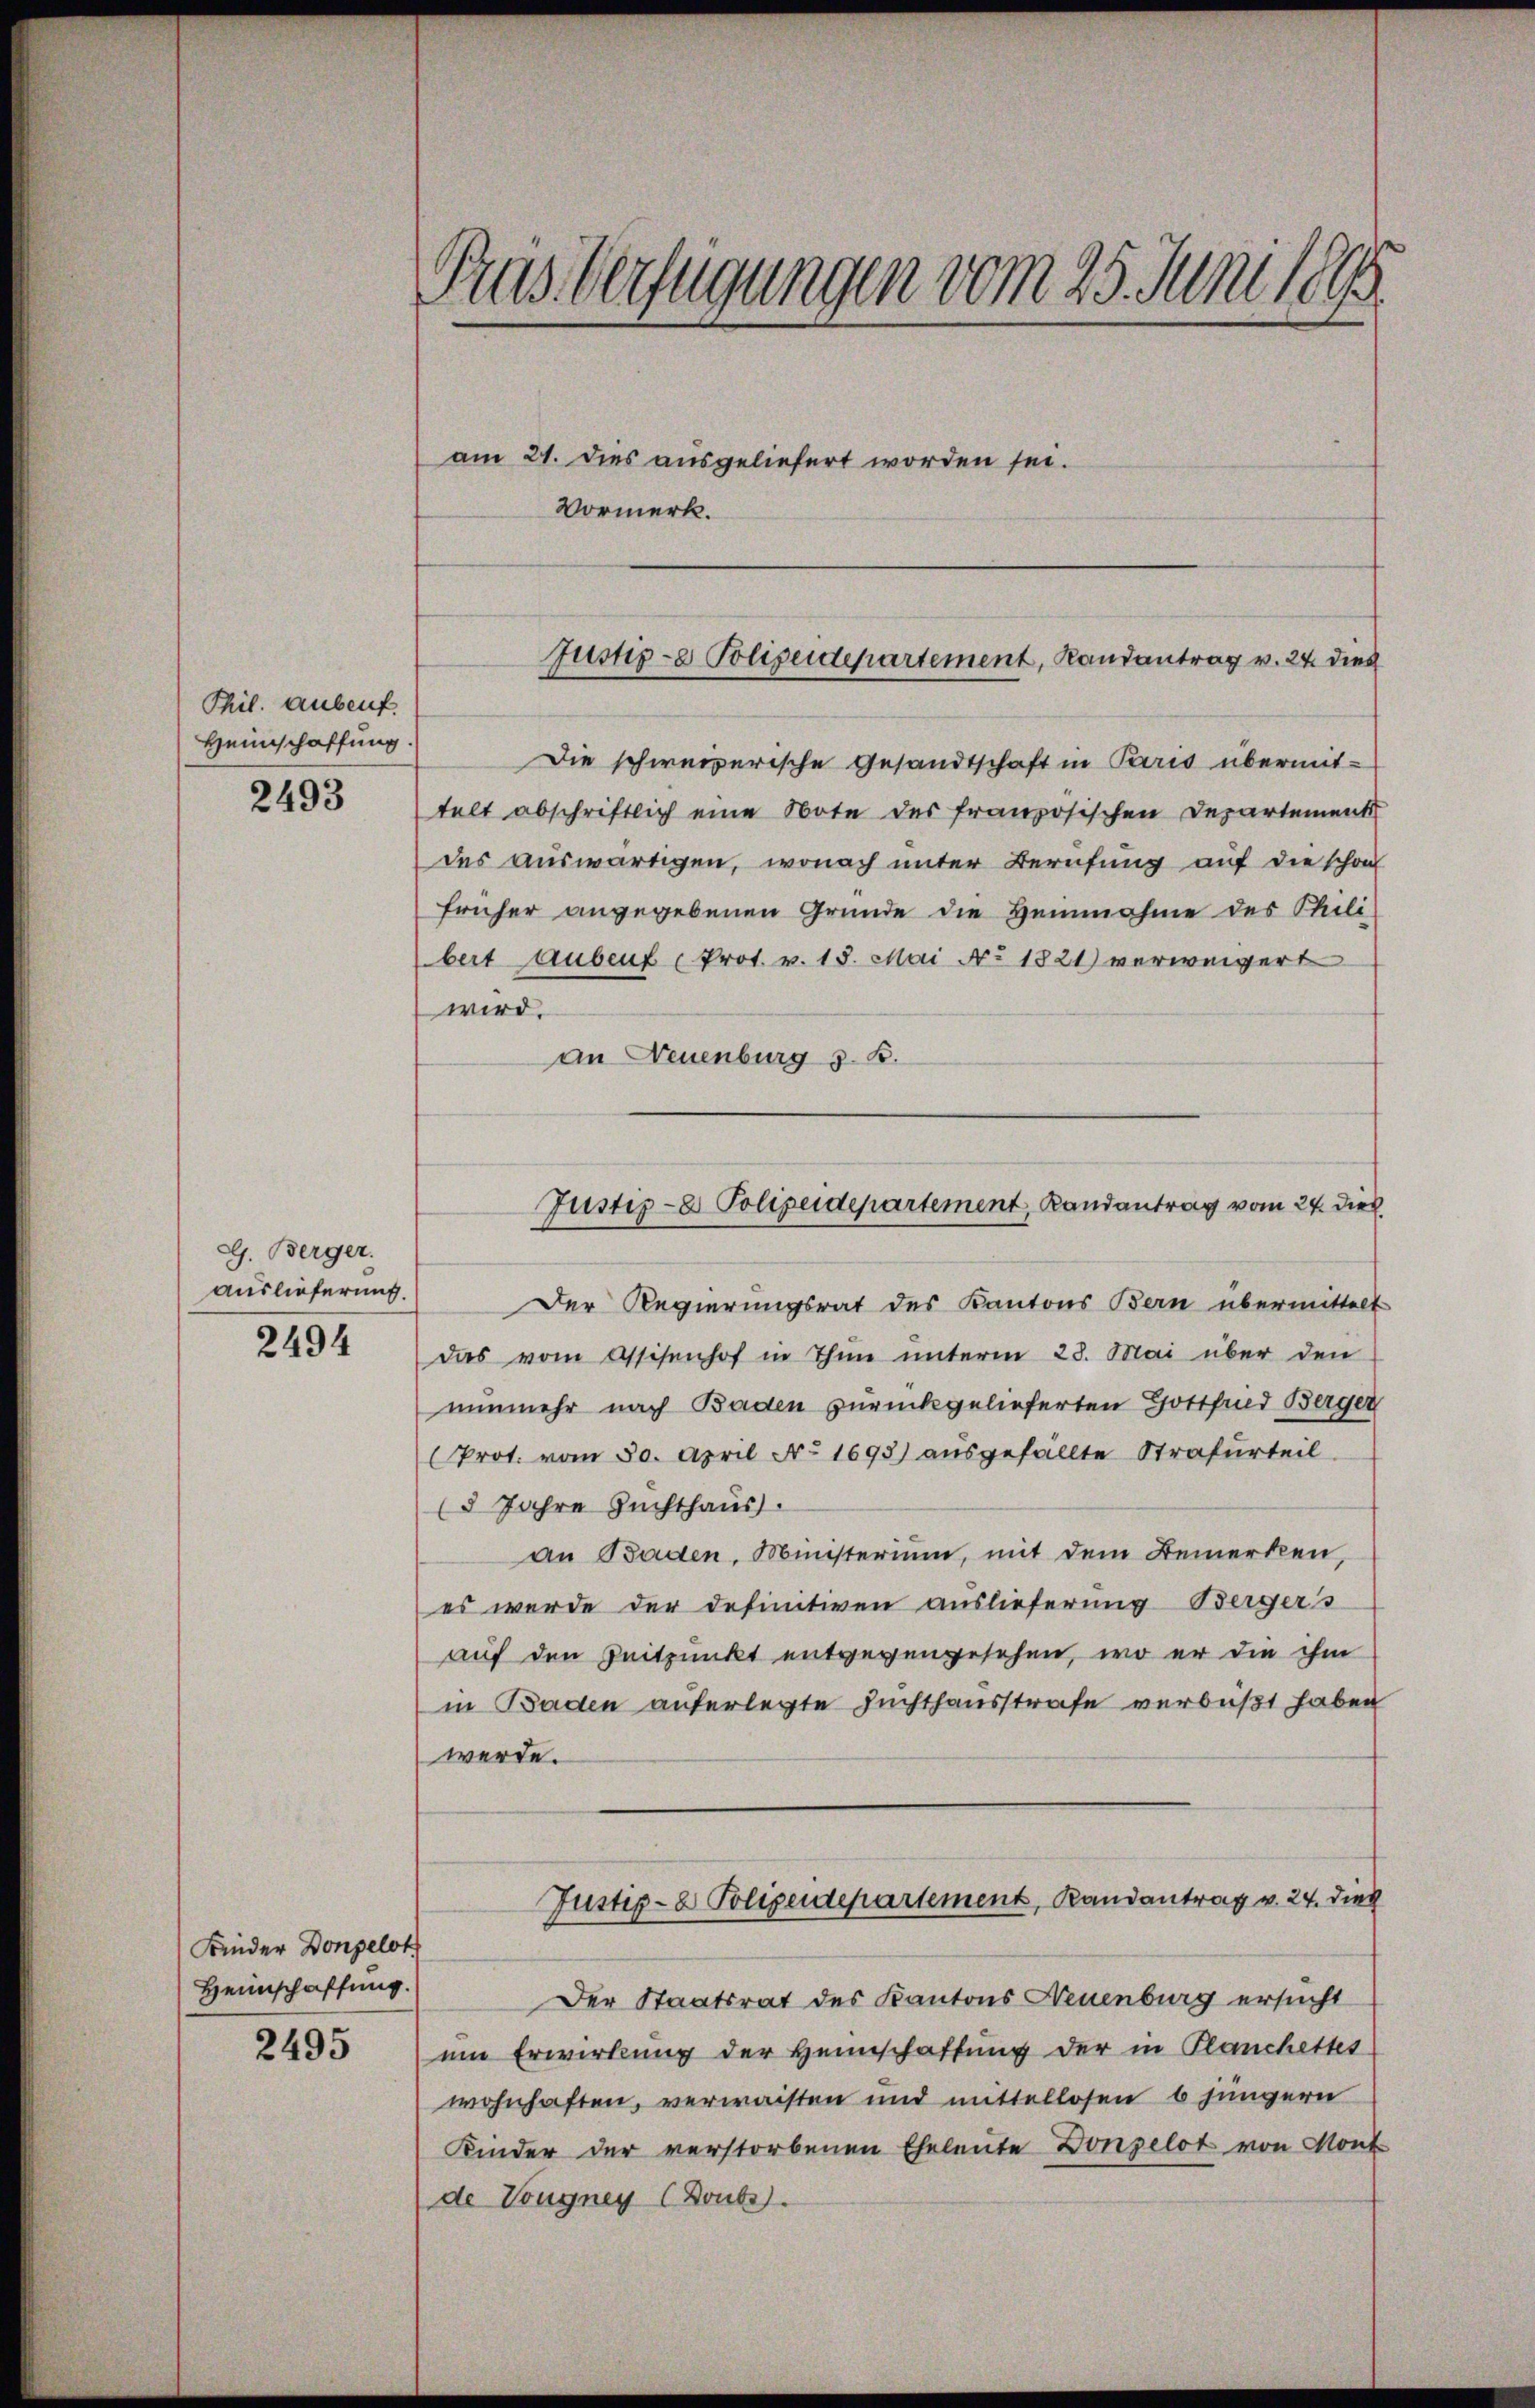
Phil. anbeuf.
Heimschaffung.

2493

G. Berger.
auslieferung.

2494

Kinder Donpelok
Heimschaffung.

2495

Pras Verfügungen vom 25. Juni 1895.
am 21. Dies ausgeliefert worden sei.
Vormerk.

Justiz- & Polizeidepartement, Landantrag v. 24. dies

Die schweizerische Gesandtschaft in Paris übermit-
telt abschriftlich eine Note des französischen Departements
des auswärtigen, wonach unter Berufung auf die schon
früher angegebenen Gründe die Heinnahme des Phili-
bertaubenf Prot. v. 18. Mai No 1821) verweigert
wird.
an Neuenburg s. B.
Der Regierungsrat des Kantons Bern übermittelt
Das vom Assisenhof in Thun unterm 28. Mai über den
nunmehr nach Baden zurückgelieferten Gottfind Berger
(Prot. vom 30. April No 1693) ausgefällte Strafurteil
(5 Jahre Zuchthaus.
an Baden, Ministerium, mit dem Bemerken,
es wurde der definitiven auslieferung Bergers
auf den Zeitpunkt entgegengesehen, wo er die ihm
in Baden anferlegte Zuchthausstrafe verbüßt haben
werde.
Justiz- & Polizeidepartement, Randantrag v. 24. dies
Der Staatsrat des Kantons Neuenburg ersucht
um Erwirkung der Heimschaffung der in Planchettes
wohnhaften, verwaisten und mittellosen 6 jüngern
Kinder der verstorbenen Eheleute Donzelot von Mont
de Vougney (Doubs).

Justiz- & Polizeidepartement, Landantrag vom 24. die